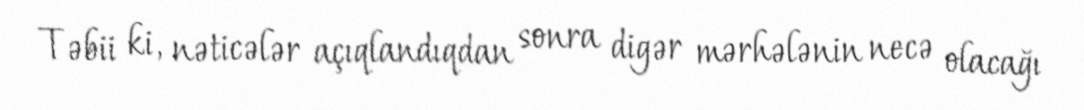
Təbii ki, nəticələr açıqlandıqdan sonra digər mərhələnin necə olacağı